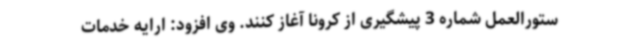
ستورالعمل شماره 3 پیشگیری از کرونا آغاز کنند. وی افزود: ارایه خدمات